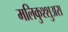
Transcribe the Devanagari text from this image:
मलिकुश्शुअरा